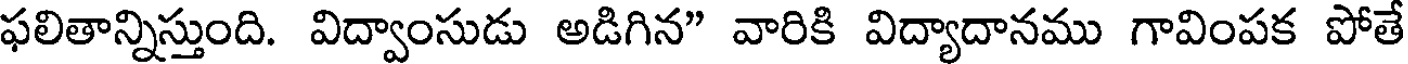
ఫలితాన్నిస్తుంది. విద్వాంసుడు అడిగిన" వారికి విద్యాదానము గావింపక పోతే